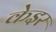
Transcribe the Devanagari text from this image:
केइर